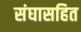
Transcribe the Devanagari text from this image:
संघासहित